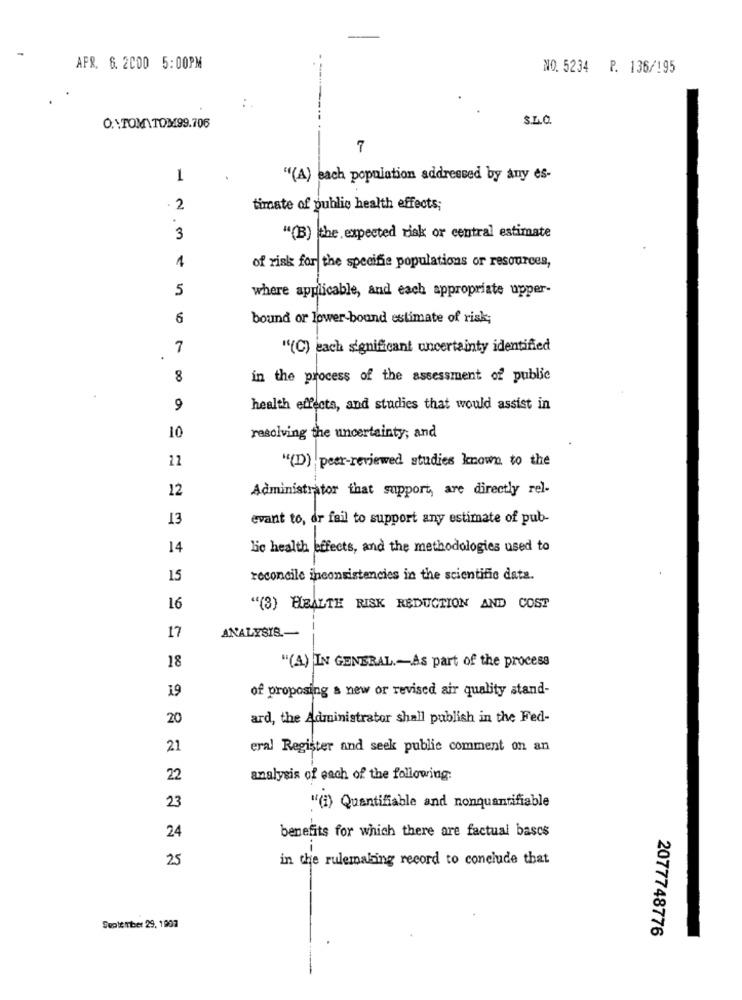
APR. 6. 2000 5:00PM
NO. 5234 P. 136/195
:.
0.\TOM\TOM99.706
7
1
"(A) each population addressed by any es-
. 2
timate of public health effects;
3
"(B) the expected risk or central estimate
1
of risk for the specifie populations or resources,
5
where applicable, and each appropriate upper-
6
bound or lower-bound estimate of risk;
7
"(C) each significant uncertainty identified
8
in the process of the assessment of public
9
health effects, and studies that would assist in
10
resolving the uncertainty; and
22
"(D) peer-reviewed studies known to the
12
Administrator that support, are directly rel-
13
evant to, dr fail to support any estimate of pub-
14
lic health effects, and the methodologies used to
15
reconcile inconsistencies in the scientific data.
16
"(3) HEALTH RISK REDUCTION AND COST
ANALYSIS .-
17
18
"(A) IN GENERAL .- As part of the process
19
of proposing a new or revised air quality stand-
20
ard, the Administrator shall publish in the Fed-
21
eral Register and seek publie comment on an
22
analysis of each of the following:
23
"(i) Quantifiable and nonquantifiable
24
benefits for which there are factual bascs
25
in the rulemaking record to conclude that
September 29, 1907
2077748776